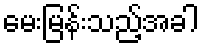
မေးမြန်းသည့်အခါ